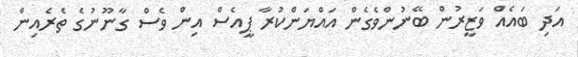
އަދި ބައެއް ވަޒީރުން ބޭނުންވެގެން އައްޔަންކުރާ ޕީއެސް އިން ވެސް ގާނޫނުގެ ތެރެއިން